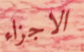
الاجزاء